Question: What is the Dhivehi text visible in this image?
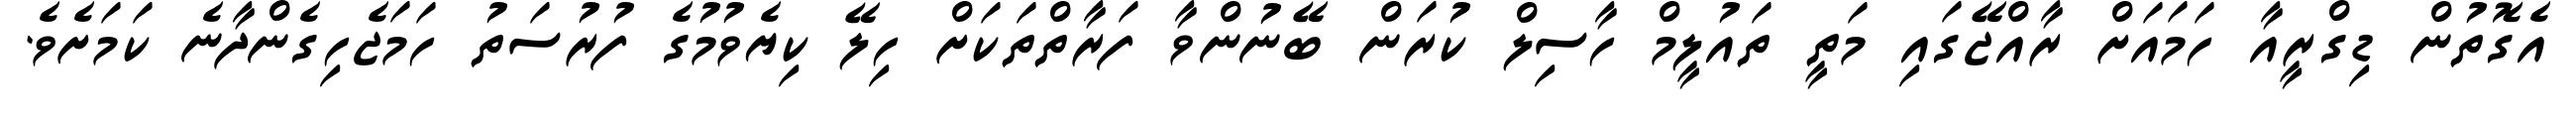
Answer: އެގޮތުން ޑިގްރީއާ ހަމައަށް ރާއްޖޭގައި މަތީ ތައުލީމް ހާސިލް ކުރަން ބޭނުންވާ ފަރާތްތަކަށް ހިލޭ ކިޔެވުމުގެ ފުރުސަތު ހަމަޖެހިގެންދާނެ ކަމަށެވެ.